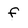
Character: f